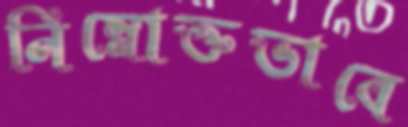
নিম্নোক্তভাবে